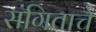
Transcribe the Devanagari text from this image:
संगिताचे